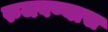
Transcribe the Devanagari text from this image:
रुजवण्यास